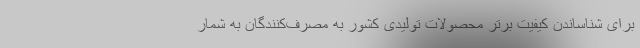
برای شناساندن کیفیت برتر محصولات تولیدی کشور به مصرف‌کنندگان به شمار